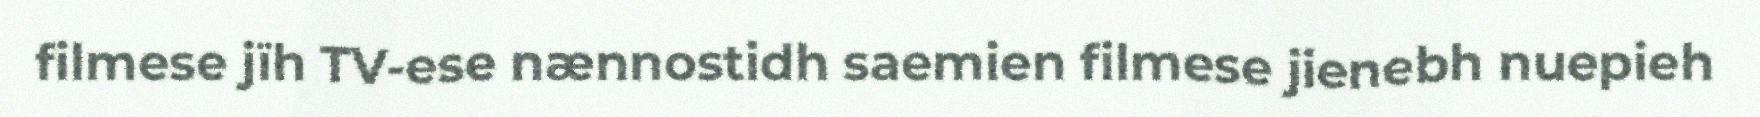
filmese jïh TV-ese nænnostidh saemien filmese jienebh nuepieh